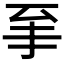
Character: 𱼩